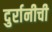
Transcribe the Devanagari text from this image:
दुर्रानीची